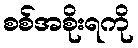
စစ်အစိုးရကို